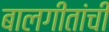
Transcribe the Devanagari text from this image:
बालगीतांची